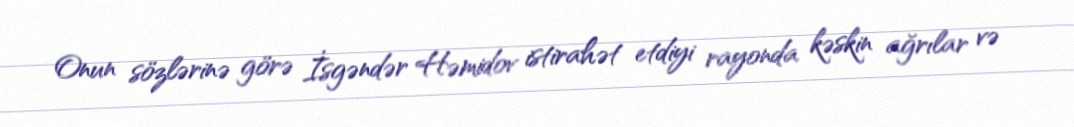
Onun sözlərinə görə İsgəndər Həmidov istirahət etdiyi rayonda kəskin ağrılar və